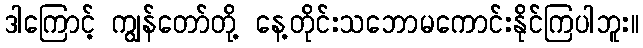
ဒါကြောင့် ကျွန်တော်တို့ နေ့တိုင်းသဘောမကောင်းနိုင်ကြပါဘူး။